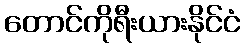
တောင်ကိုရီးယားနိုင်ငံ